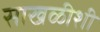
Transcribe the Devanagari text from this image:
साखळीशी